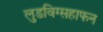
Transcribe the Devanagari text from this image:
लुडविग्सहाफन